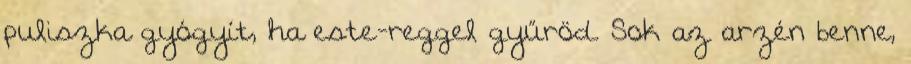
puliszka gyógyít, ha este-reggel gyűröd. Sok az arzén benne,